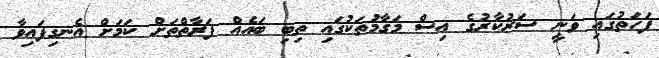
ފަހަތުގައި ވަނީ ސަރުކާރުގެ އިސް މަގާމުތަކުގައި ތިބި ބައެއް ފަރާތްތަށް ކަމަށް އެނގިފައިވާ